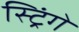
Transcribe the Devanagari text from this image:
स्ट्रिंगें